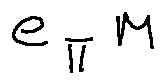
e _ { \pi } M